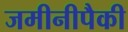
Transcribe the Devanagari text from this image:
जमीनीपैकी